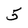
Character: 5